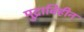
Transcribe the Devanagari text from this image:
मुद्राविहीन